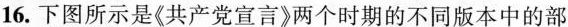
16.下图所示是《共产党宣言》两个时期的不同版本中的部